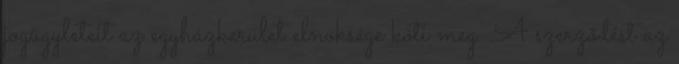
jogügyleteit az egyházkerület elnöksége köti meg. A szerződést az